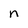
Character: n